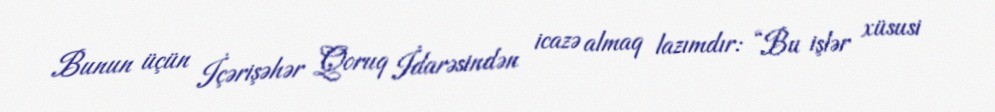
Bunun üçün İçərişəhər Qoruq İdarəsindən icazə almaq lazımdır: “Bu işlər xüsusi